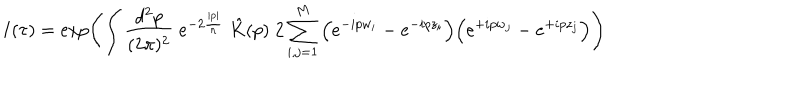
I ( \tau ) = \exp \left( \int \frac { d ^ { 2 } p } { ( 2 \pi ) ^ { 2 } } \; e ^ { - 2 \frac { | p | } { n } } \; \hat { K } ( p ) \; 2 \sum _ { i , j = 1 } ^ { M } \Big ( e ^ { - i p w _ { i } } - e ^ { - i p z _ { i } } \Big ) \Big ( e ^ { + i p w _ { j } } - e ^ { + i p z _ { j } } \Big ) \right)